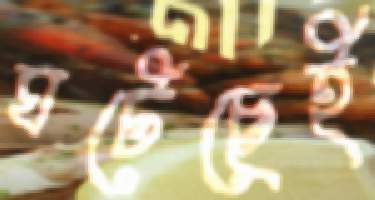
ঘটেছেই